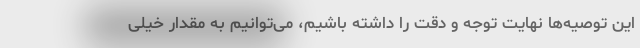
این توصیه‌ها نهایت توجه و دقت را داشته باشیم، می‌توانیم به مقدار خیلی